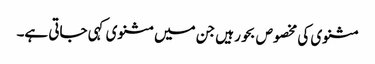
مثنوی کی مخصوص بحور ہیں جن میں مثنوی کہی جاتی ہے۔